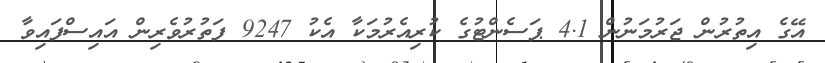
އޭގެ އިތުރުން ޖަރުމަނުން 4.1 ޕަސެންޓުގެ ކުރިއެރުމަކާ އެކު 9247 ފަތުރުވެރިން އައިސްފައިވާ